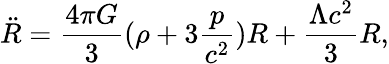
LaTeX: {\ddot{R}}=\frac{4\pi G}{3}(\rho+3\frac{p}{c^{2}})R+\frac{\Lambda c^{2}}{3}R,